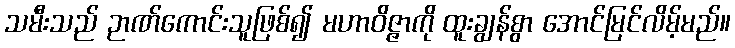
သမီးသည် ဉာဏ်ကောင်းသူဖြစ်၍ မဟာဝိဇ္ဇာကို ထူးချွန်စွာ အောင်မြင်လိမ့်မည်။